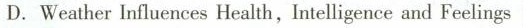
D.Weather Influences Health,Intelligence and Feelings